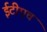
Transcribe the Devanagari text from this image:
ईटीएच